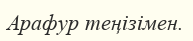
Арафур теңізімен.